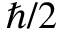
\hbar / 2